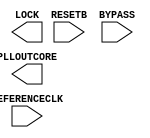
/* verilator lint_off UNUSED */
/* verilator lint_off UNDRIVEN */
(* blackbox *)
module SB_PLL40_CORE (
  output  LOCK,
  input   RESETB,
  input   BYPASS,
  input   REFERENCECLK,
  output  PLLOUTCORE
);
  parameter FEEDBACK_PATH = "SIMPLE";
  parameter DELAY_ADJUSTMENT_MODE_FEEDBACK = "FIXED";
  parameter DELAY_ADJUSTMENT_MODE_RELATIVE = "FIXED";
  parameter SHIFTREG_DIV_MODE = 1'b0;
  parameter FDA_FEEDBACK = 4'b0000;
  parameter FDA_RELATIVE = 4'b0000;
  parameter PLLOUT_SELECT = "GENCLK";
  parameter DIVR = 4'b0000;
  parameter DIVF = 7'b0000000;
  parameter DIVQ = 3'b000;
  parameter FILTER_RANGE = 3'b000;
  parameter ENABLE_ICEGATE = 1'b0;
  parameter TEST_MODE = 1'b0;
  parameter EXTERNAL_DIVIDE_FACTOR = 1;
endmodule
/* verilator lint_on UNUSED */
/* verilator lint_on UNDRIVEN */